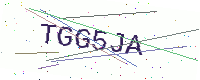
Text: TGG5JA